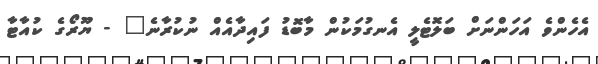
އެހެންވެ އަހަންނަށް ބަލޮޓެލީ އެނގުމަކުން މާބޮޑު ފައިދާއެއް ނުކުރާނެ" - ޔޫރޯގެ ކުއާޓާ